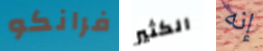
فرانكو الكثير إنه